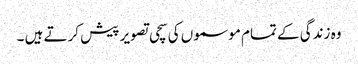
وہ زندگی کے تمام موسموں کی سچی تصویر پیش کرتے ہیں ۔